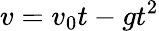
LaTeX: v=v_{0}t-gt^{2}